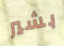
بشير